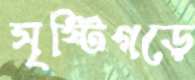
সৃষ্টিগড়ে